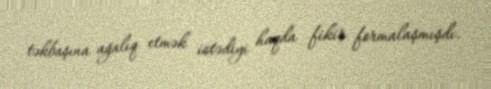
təkbaşına ağalıq etmək istədiyi haqda fikir formalaşmışdı.